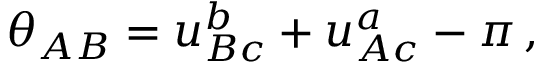
\theta _ { A B } = u _ { B c } ^ { b } + u _ { A c } ^ { a } - \pi \, ,